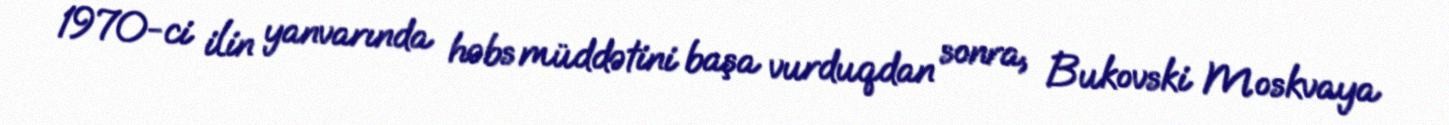
1970-ci ilin yanvarında həbs müddətini başa vurduqdan sonra, Bukovski Moskvaya